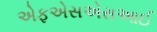
એફએસએસઆઈ